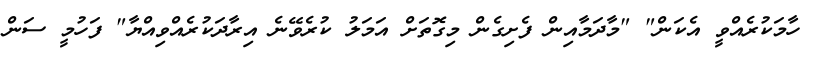
ހާމަކުރެއްވީ އެކަން" "މާދަމާއިން ފެށިގެން މިގޮތަށް އަމަލު ކުރެވޭނެ އިރާދަކުރެއްވިއްޔާ" ފަހުމީ ސަން